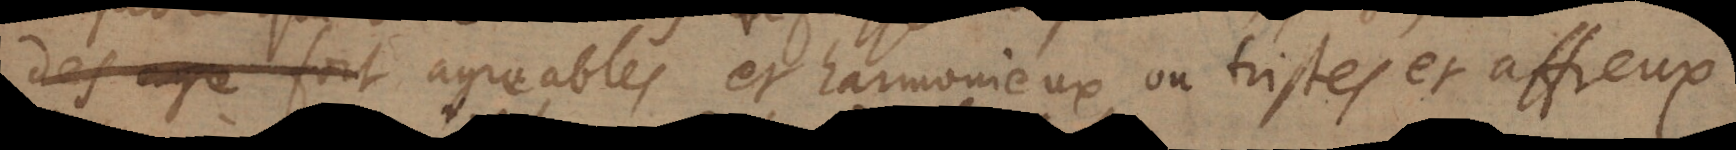
des _ soit agreables et harmonieux, ou tristes et affreux,